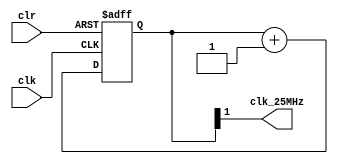
`timescale 1ns / 1ps
//////////////////////////////////////////////////////////////////////////////////
// Company: 
// Engineer: 
// 
// Design Name: 
// Module Name: clkdiv_25MHz
// Project Name: 
// Target Devices: 
// Tool Versions: 
// Description: 
// 
// Dependencies: 
// 
// Revision:
// Revision 0.01 - File Created
// Additional Comments:
// 
//////////////////////////////////////////////////////////////////////////////////


module clkdiv_25MHz(
	input wire clk,
	input wire clr,
	output wire clk_25MHz
    );
	
	reg [21:0] q = 21'b0;
	always @ (posedge clk or posedge clr) begin 
		if (1 == clr) begin 
			q <= 0;
		end else begin 
			q <= q + 1;
		end 
	end 
	
	assign clk_25MHz = q[1];
	
endmodule